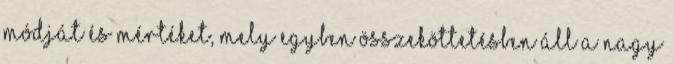
módját és mértéket, mely egyben összeköttetésben áll a nagy